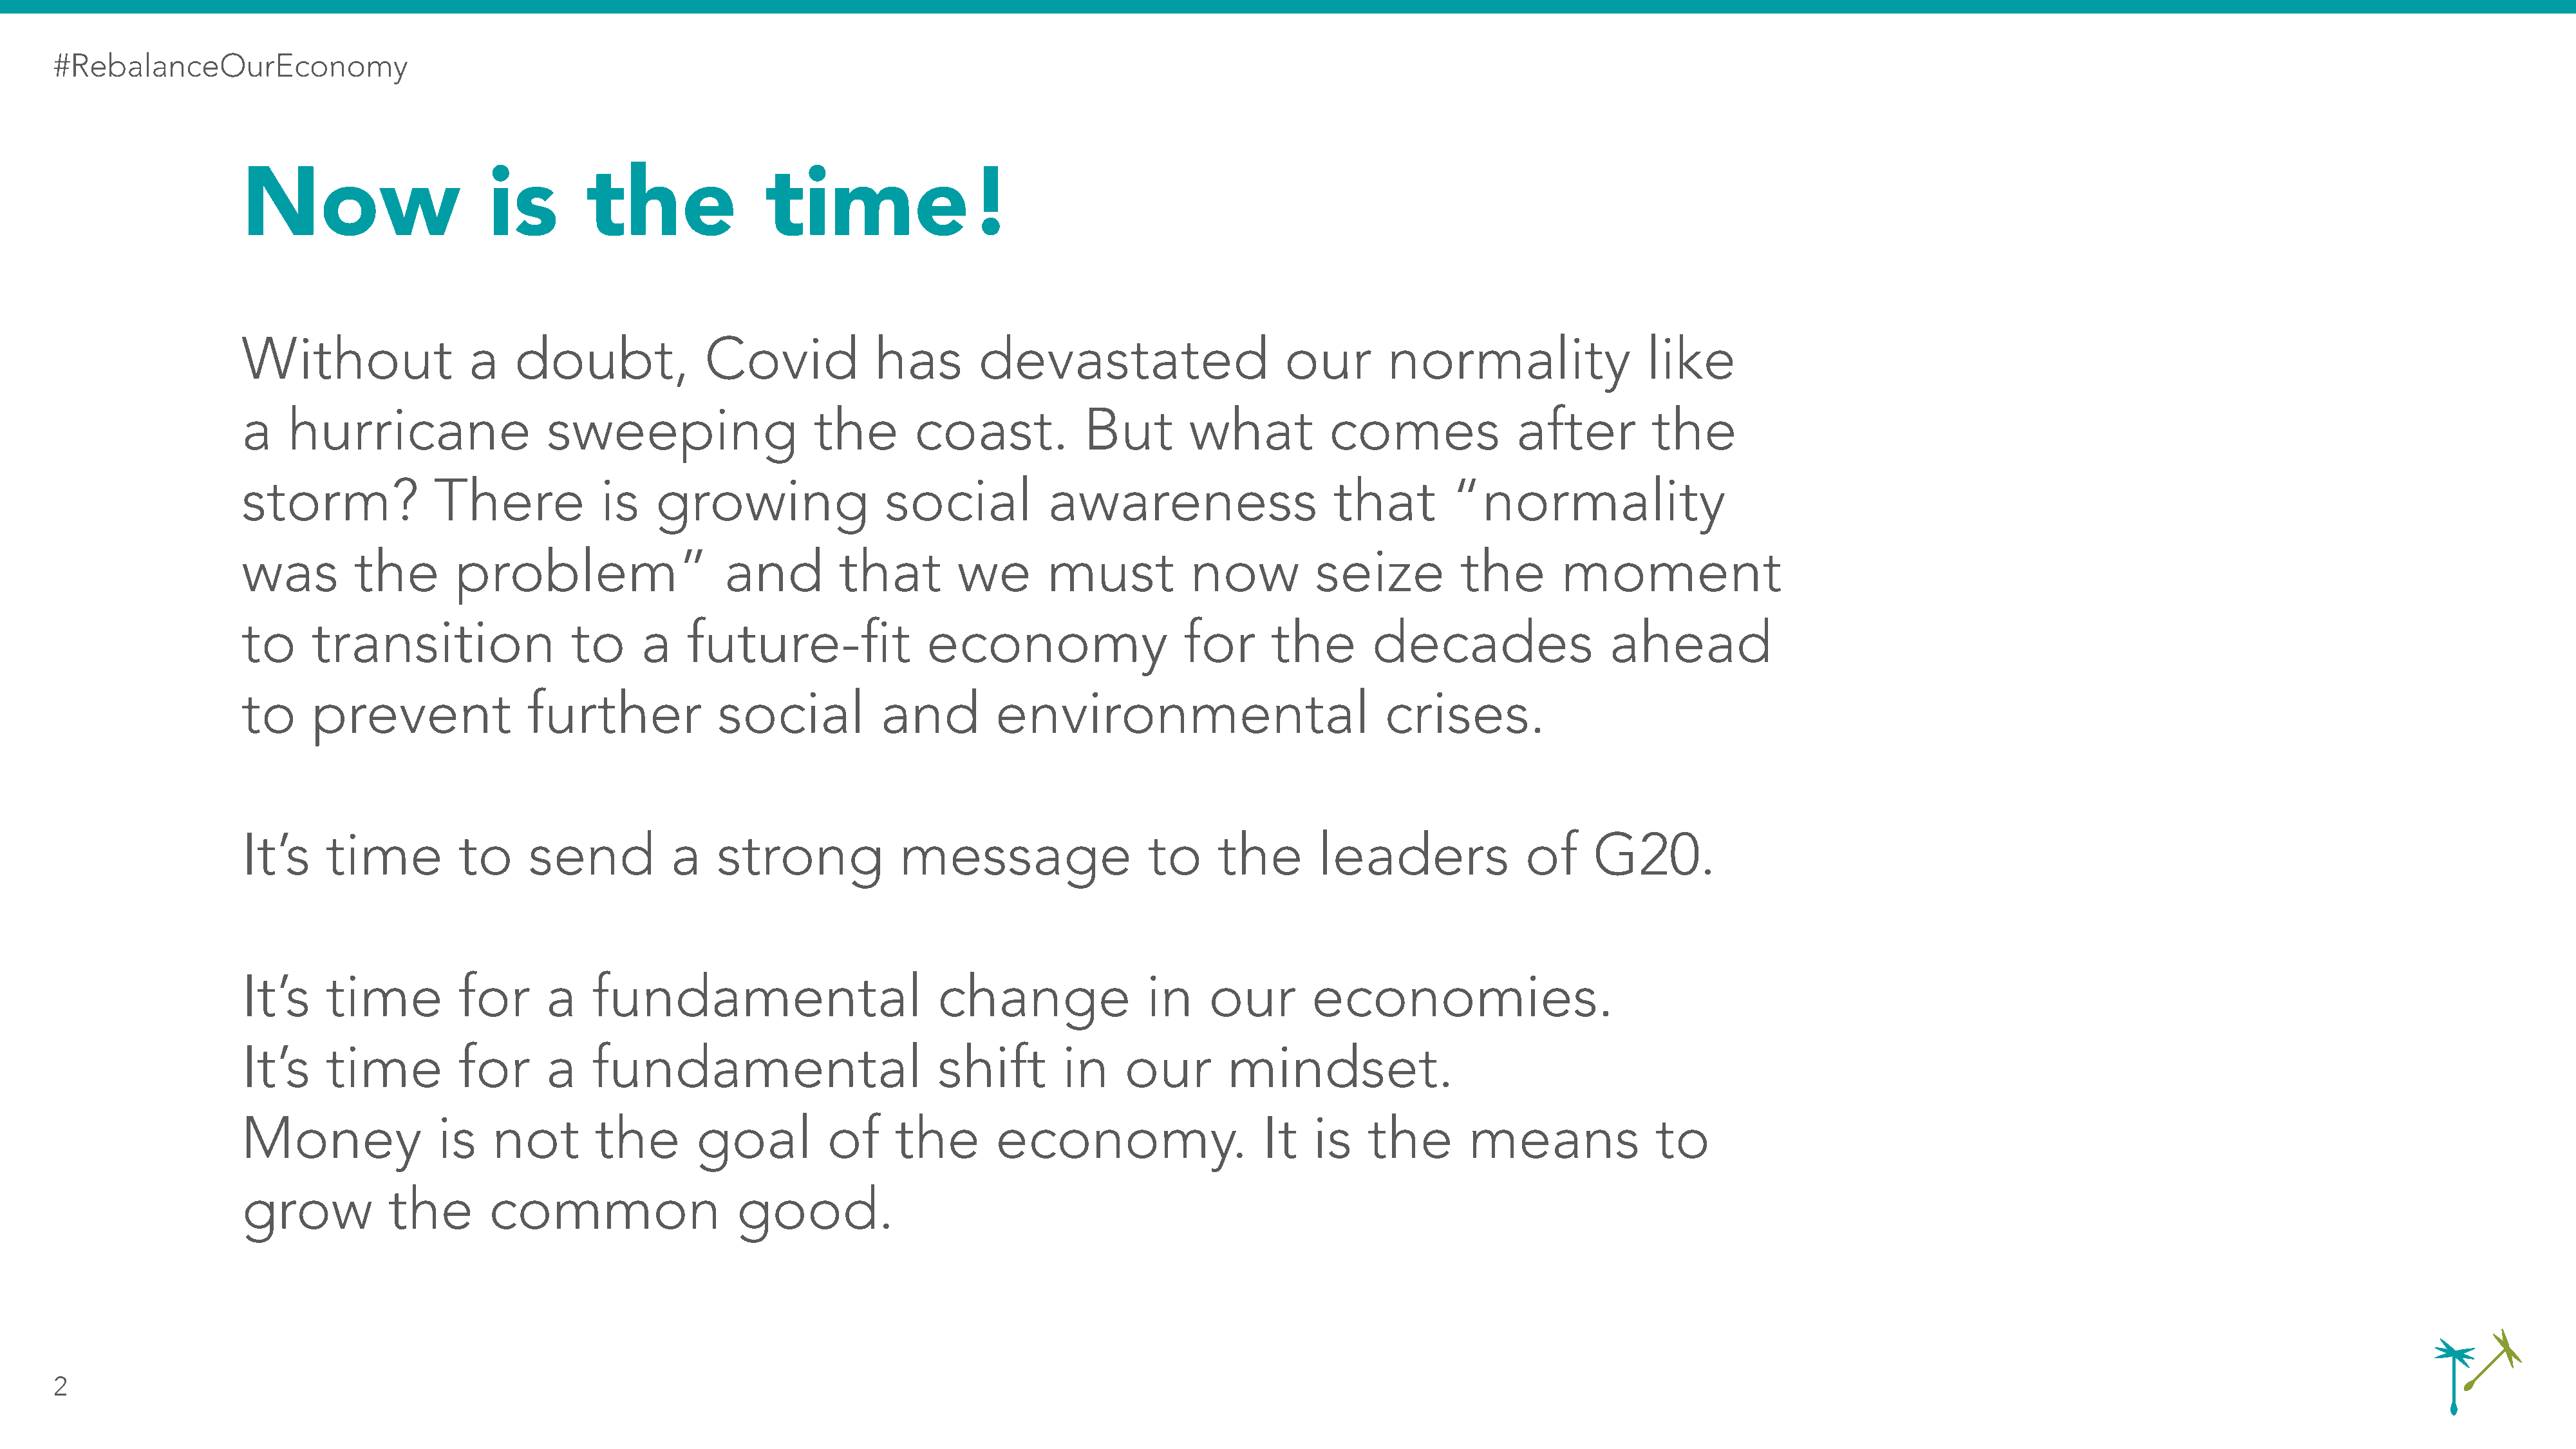
#RebalanceOurEconomy
 Now                      is        the                time!
 Without                a    doubt,             Covid             has        devastated                     our        normality                 like
 a    hurricane                 sweeping                    the       coast.           But        what           comes              after         the
 storm?              There            is   growing                 social           awareness                    that        “normality
 was        the        problem”                   and         that        we        must          now          seize          the       moment
 to     transition                 to     a    future-fit              economy                    for      the       decades                 ahead
 to     prevent               further             social          and         environmental                           crises.
 It’s     time         to     send           a    strong            message                   to     the        leaders              of     G20.
 It’s     time         for      a    fundamental                        change                in    our        economies.
 It’s     time         for      a    fundamental                        shift        in     our       mindset.
 Money               is    not       the        goal         of     the       economy.                    It   is    the       means              to
 grow           the       common                    good.
 2